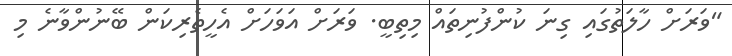
"ވަރަށް ހާލަތުގައި ގިނަ ކުންފުނިތައް މިތިބީ. ވަރަށް އަވަހަށް އެހީތެރިކަން ބޭނުންވާނެ މި